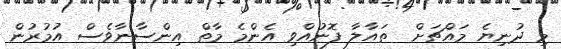
މި ދުނިޔެ މައްޗަށް  ތައާލާ ފޮނުއްވި އެންމެ މާތް އިންސާނާވެސް އުމުރުން